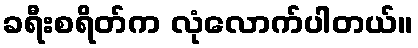
ခရီးစရိတ်က လုံလောက်ပါတယ်။